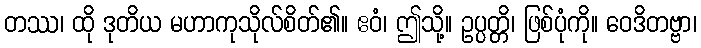
တဿ၊ ထို ဒုတိယ မဟာကုသိုလ်စိတ်၏။ ဧဝံ၊ ဤသို့။ ဥပ္ပတ္တိ၊ ဖြစ်ပုံကို။ ဝေဒိတဗ္ဗာ၊